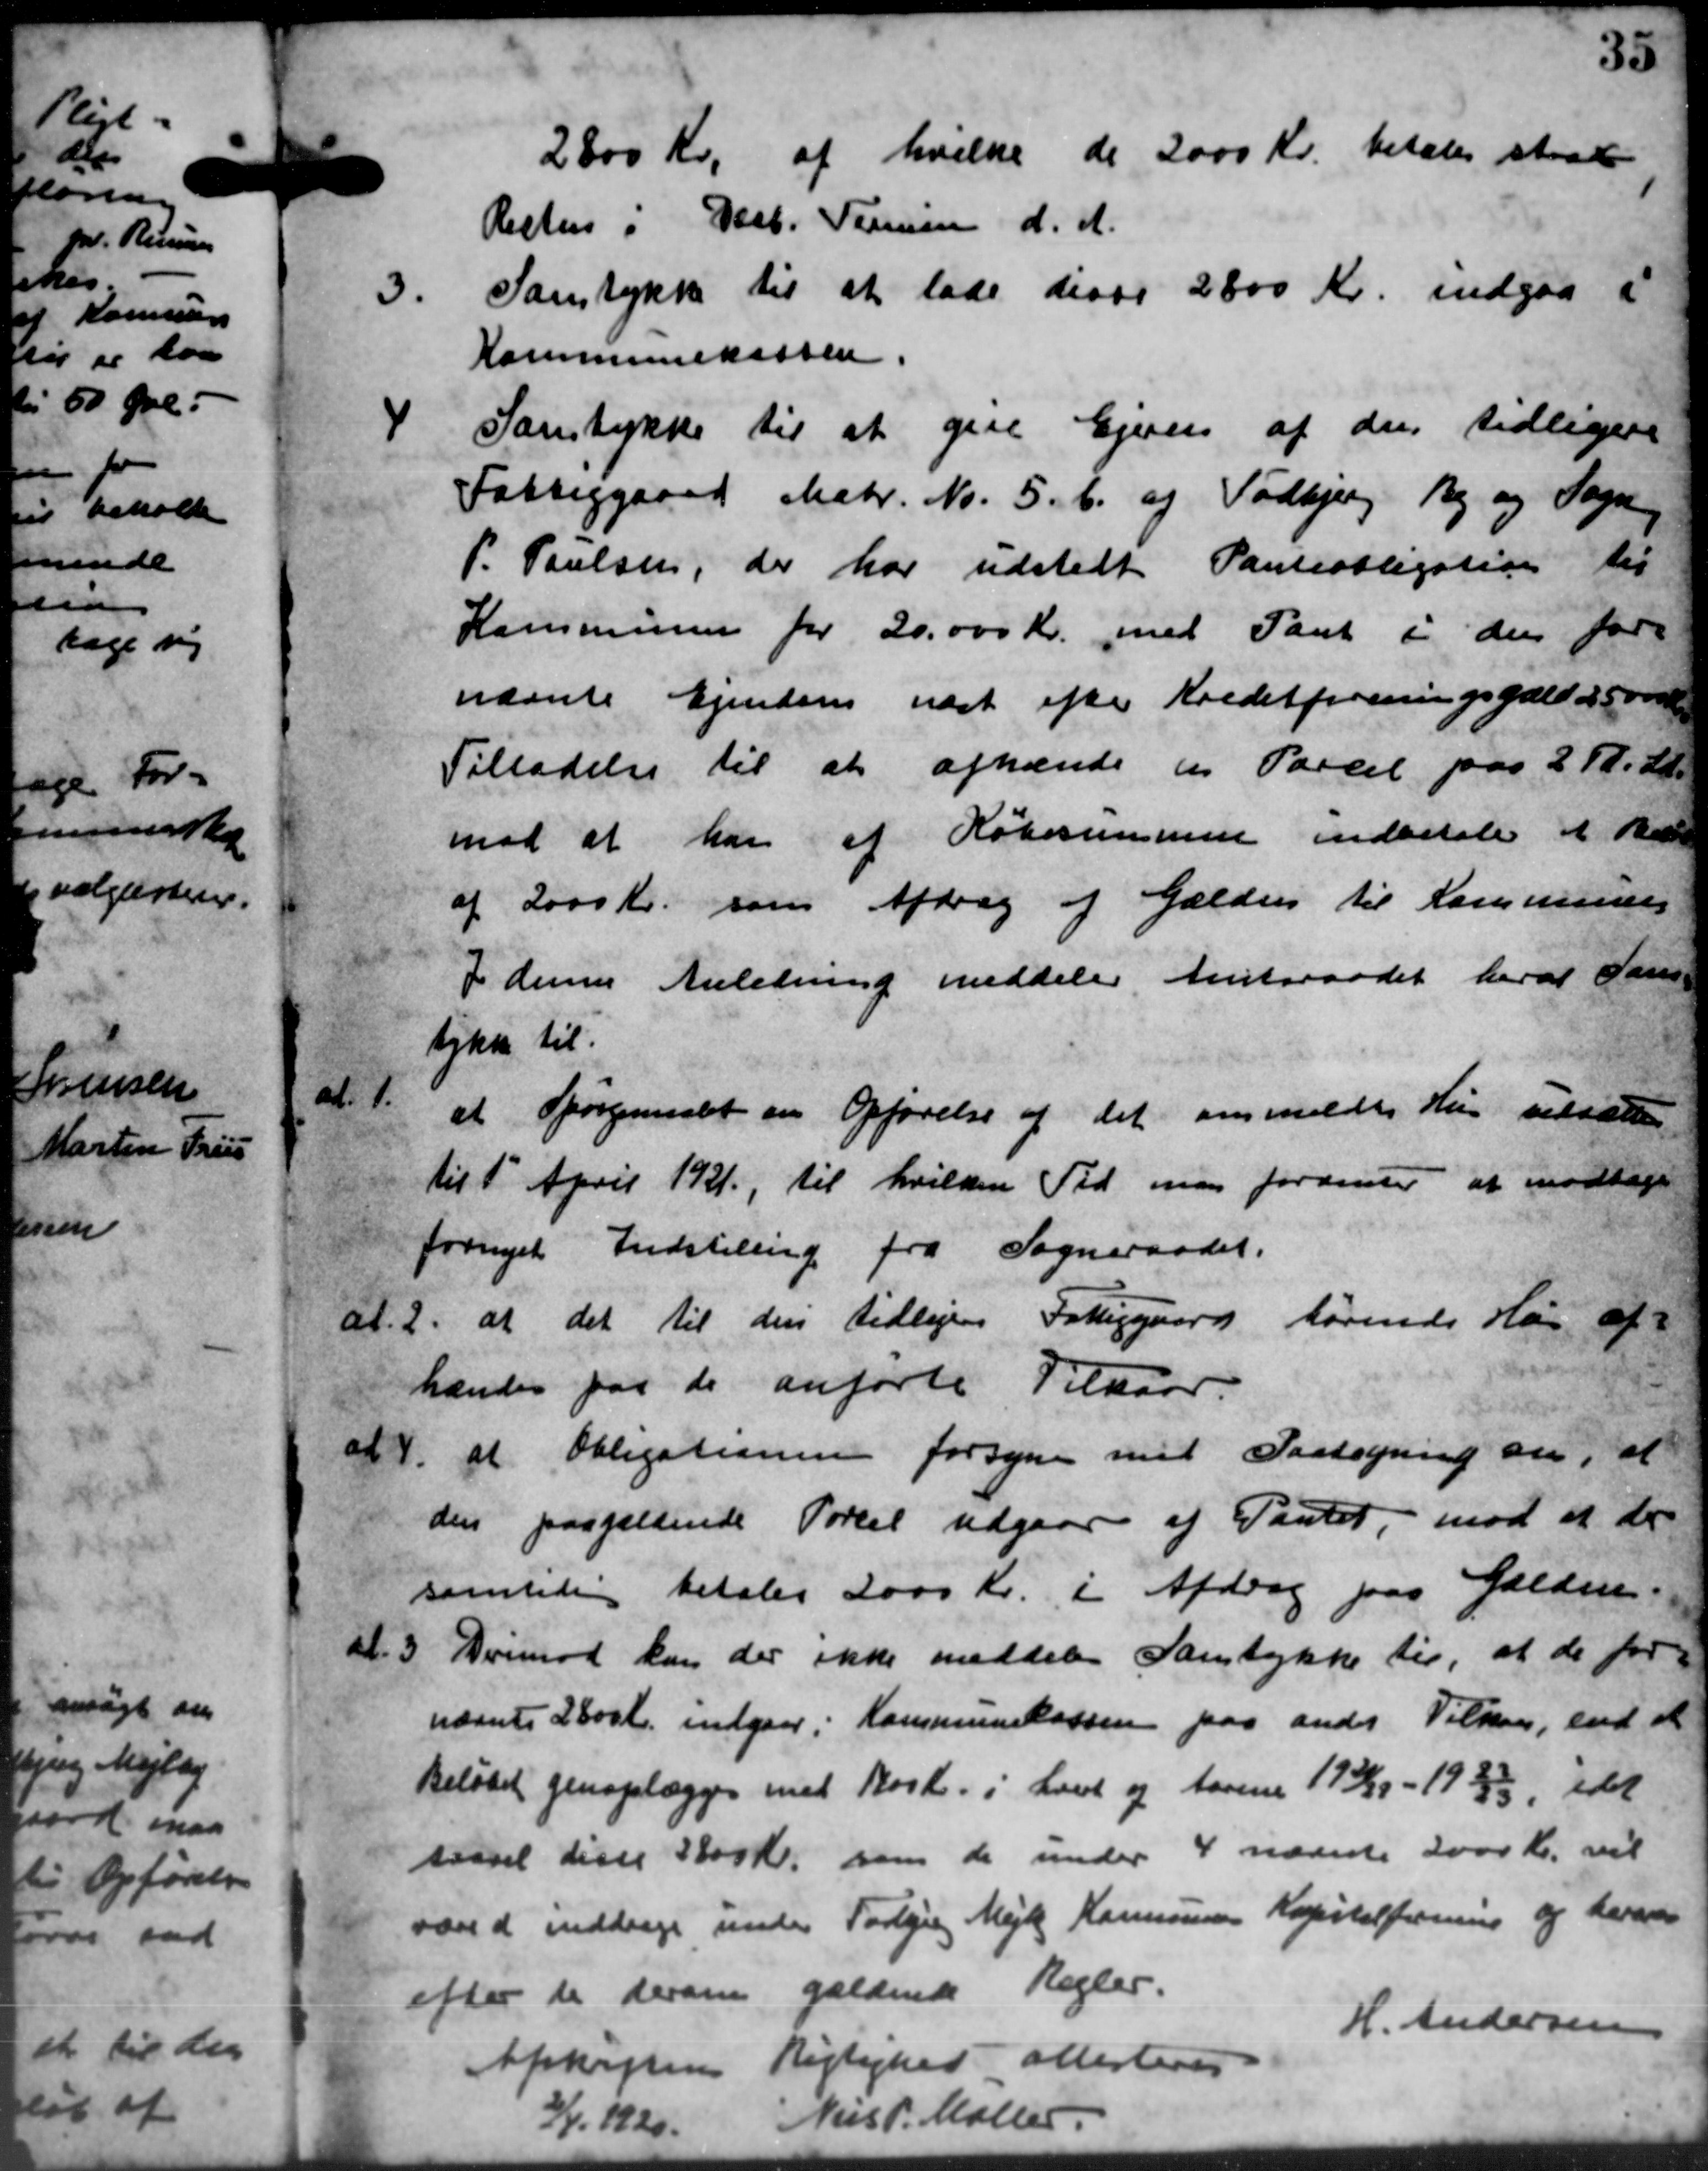
Transskription:
2800 Kr. af hvilke de 2000 Kr. betales strax
Resten i Decb. Timen d. A.
3.
Samtykke til at lade disse 2800 Kr. indgaa i
Kommunekassen.
4
Samtykke til at give Ejeren af den tidligere
Fattiggaard Matr. No. 5. 6. og Todbjerg By og Sogn
P. Poulsen, der har udstelt Panteobligation til
Kommunen for 20.000 Kr. med Pant i den for-
nævnte Ejendom sidst efter Kreditforeningsgæld 25.000 Kr.
Tilladelse til at afhænde en Parcel paa 2 Kr. 21.
mod at har af Købesummen indbetale at Red
af 2000 Kr. som Afdrag af Gældens til Kommune
I denne Anledning meddeler Amtsraadet heraf Sam-
tykke til
al. 1.
at Spørgsmaalet om Opførelse af det anmeldte Hus vedsatte
til 1' April 1921 til hvilken Tid man fordeler at modtage
fornyet Indstilling fra Sogneraadet.
af. 2.
at det til den tidligere Fattiggaard hørende Hus af
hændes paa de anførte Tilkaar.
af 4.
at Obligationen forsyne med Paategning om, at
den paagældende Porcel udgaar af Pantet mod at der
samtidig betales 2000 Kr. i Afdrag paa Gælden.
al. 3.
Derimod kan der ikke meddele Samtykke til, at de for-
nævnte 2800 Kr. indgaar i Kommunekassen paa ander Vilkaar, end at
Beløbet genoplægges med Rosk. i Lovet og Aarene 1938/39 - 1933/3, idet
tissel disse 300 Kr. som de under 4 nævnte 2000 Kr. vil
vand inddrage under Torbjerg Mejl Kommunens Kapitalforening og heran
efter de derom gældende Regler.
Afskripsens Lejlighed allesteres
H. Andersen
2/1 1920.
Niels P. Møller